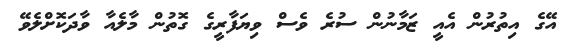
އޭގެ އިތުރުން އެއީ ޒަމާނުން ސުރެ ވެސް ވިޔަފާރީގެ ގޮތުން މާލެއާ ވާދަކޮށްލެވޭ